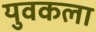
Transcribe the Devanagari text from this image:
युवकला